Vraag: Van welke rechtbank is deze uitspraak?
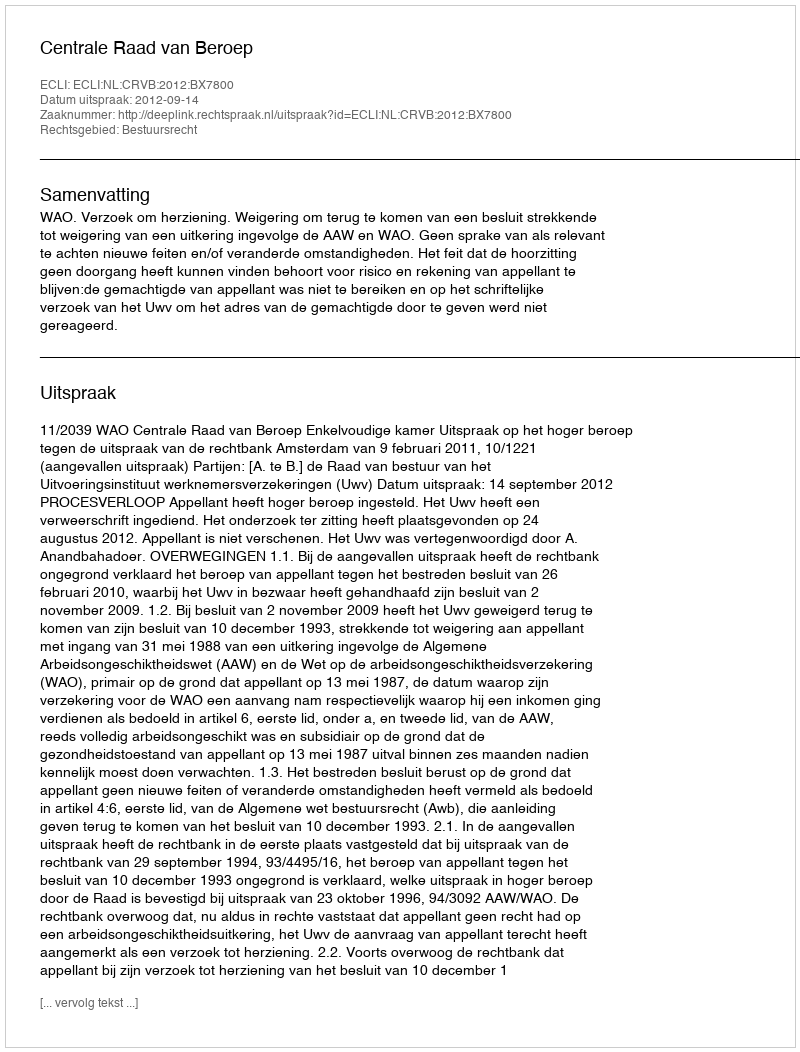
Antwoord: Centrale Raad van Beroep